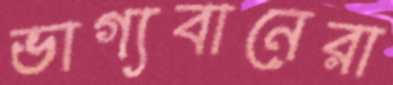
ভাগ্যবানেরা